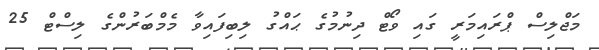
މަޖްލިސް ޕްރައިމަރީ ގައި ވޯޓް ދިނުމުގެ ޙައްގު ލިބިފައިވާ މެމްބަރުންގެ ލިސްޓް 25